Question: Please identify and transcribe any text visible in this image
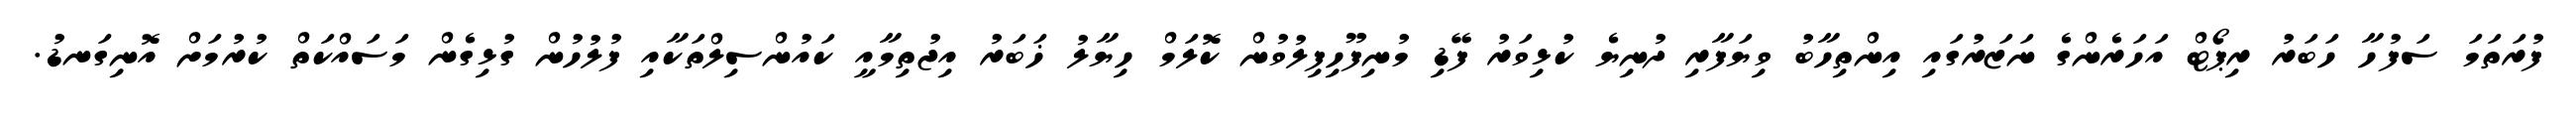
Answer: ފުރަތަމަ ސަފުހާ ހަބަރު ރިޕޯޓް އަހަރެންގެ ނަޒަރުގައި އިންތިހާބު ވިޔަފާރި ދުނިޔެ ކުޅިވަރު ފޭޑި މުނިފޫހިފިލުވުން ކޮލަމް ހިޔާލު ޚަބަރު އިޖުތިމާއީ ކައުންސިލްތަކާއި ފުލުހުން ގުޅިގެން މަސައްކަތް ކުރުމަށް އޮނިގަނޑު.